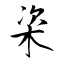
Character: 楶